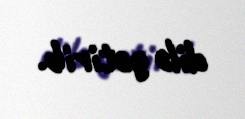
dilə gətirib.